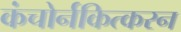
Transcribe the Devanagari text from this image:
कंचोर्नकित्करन